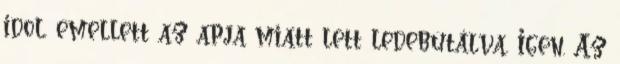
idol, emellett az apja miatt lett ledebütálva. Igen. Az